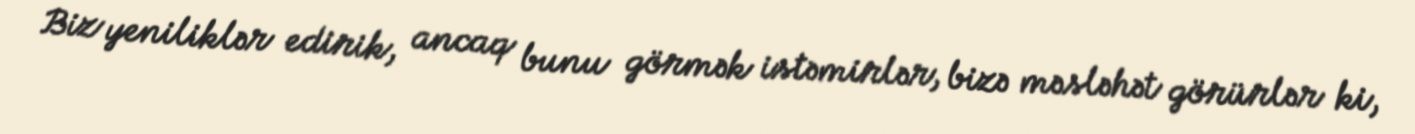
Biz yeniliklər edirik, ancaq bunu görmək istəmirlər, bizə məsləhət görürlər ki,